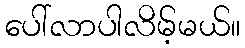
ပေါ်လာပါလိမ့်မယ်။